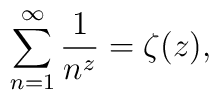
\sum\limits_{n=1}^{\infty}\frac{1}{n^z}=\zeta(z),